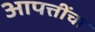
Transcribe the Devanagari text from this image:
आपत्तींचा